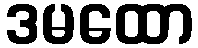
ဒမထော